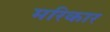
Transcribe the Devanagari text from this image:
मरिकार